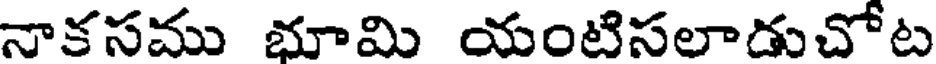
నాకసము భూమి యంటిసలాడుచోట